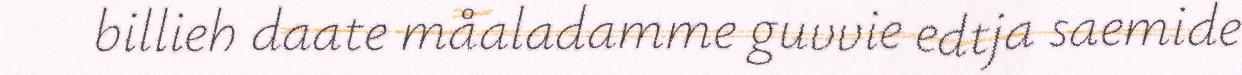
billieh daate måaladamme guvvie edtja saemide